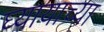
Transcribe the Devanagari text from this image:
घ्यायाच्या